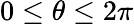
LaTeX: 0\leq\theta\leq 2\pi